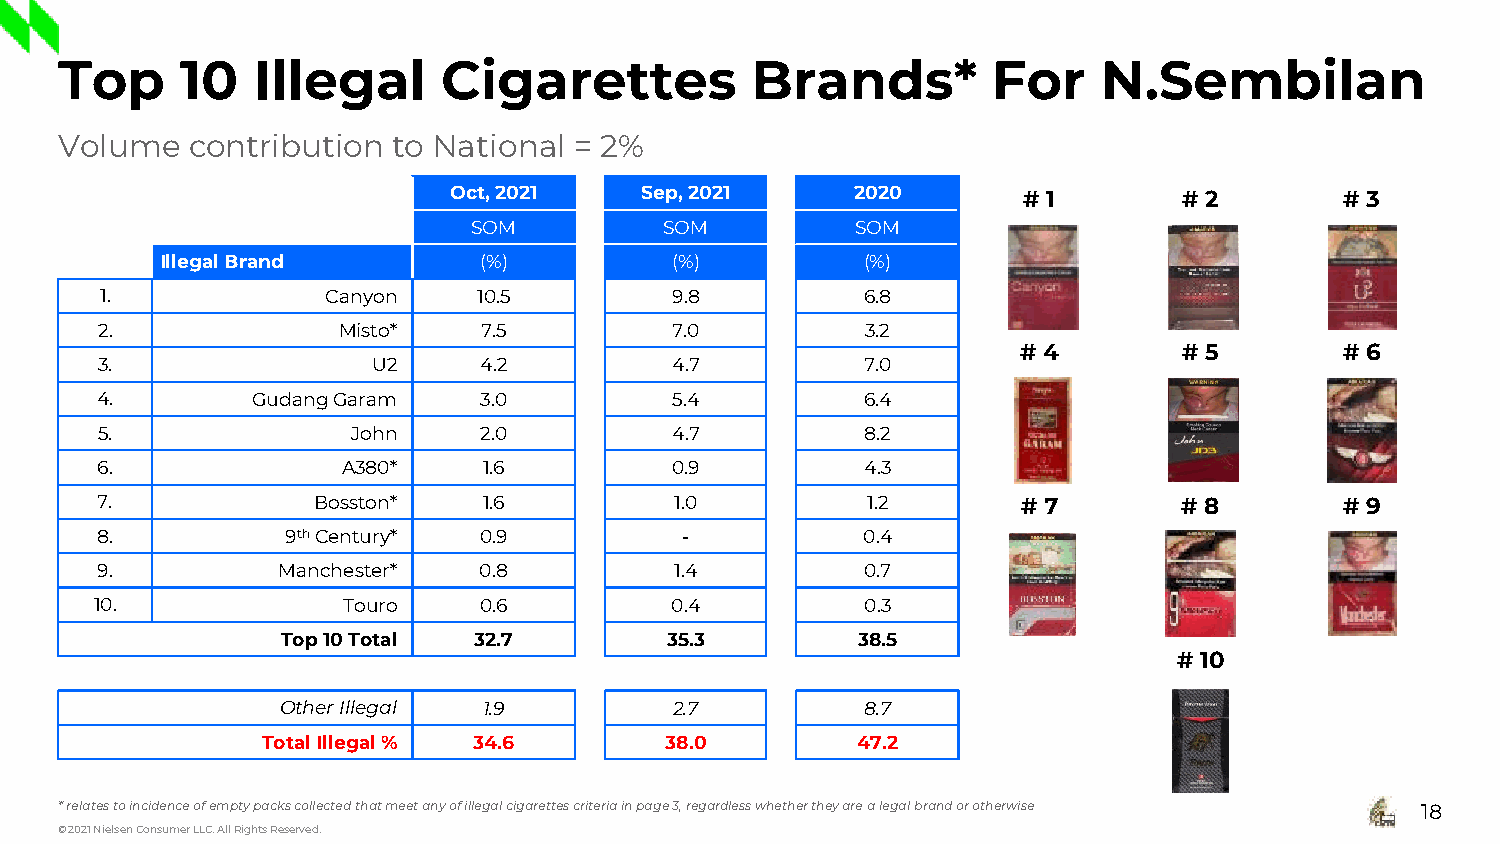
Top     10   Illegal     Cigarettes           Brands*         For    N.Sembilan
 Volume   contribution to National = 2%
 Oct, 2021   Sep, 2021      2020       # 1       # 2        # 3
 SOM          SOM          SOM
 Illegal Brand        (%)         (%)          (%)
 1.             Canyon    10.5        9.8          6.8
 2.              Misto*    7.5         7.0          3.2
 # 4       # 5        # 6
 3.                 U2     4.2         4.7          7.0
 4.         GudangGaram    3.0          5.4         6.4
 5.               John     2.0         4.7          8.2
 6.               A380*    1.6         0.9          4.3
 7.             Bosston*   1.6          1.0         1.2        # 7       # 8        # 9
 8.           9thCentury*  0.9          -           0.4
 9.          Manchester*   0.8          1.4         0.7
 10.              Touro    0.6         0.4          0.3
 Top 10Total 32.7         35.3         38.5
 # 10
 Other Illegal 1.9         2.7         8.7
 Total Illegal% 34.6        38.0         47.2
 * relates to incidence of empty packs collected that meet any of illegal cigarettes criteria in page 3, regardless whether they are a legal brand or otherwise 18
 © 2021 Nielsen Consumer LLC. All Rights Reserved.